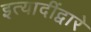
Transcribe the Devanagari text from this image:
इत्यादींद्वारे